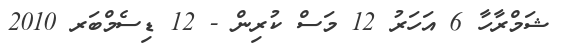
ޝަމްރާހާ 6 އަހަރު 12 މަސް ކުރިން - 12 ޑިސެމްބަރ 2010